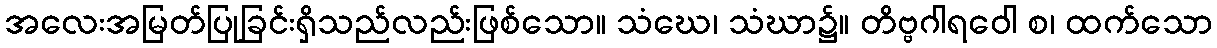
အလေးအမြတ်ပြုခြင်းရှိသည်လည်းဖြစ်သော။ သံဃေ၊ သံဃာ၌။ တိဗ္ဗဂါရဝေါ စ၊ ထက်သော